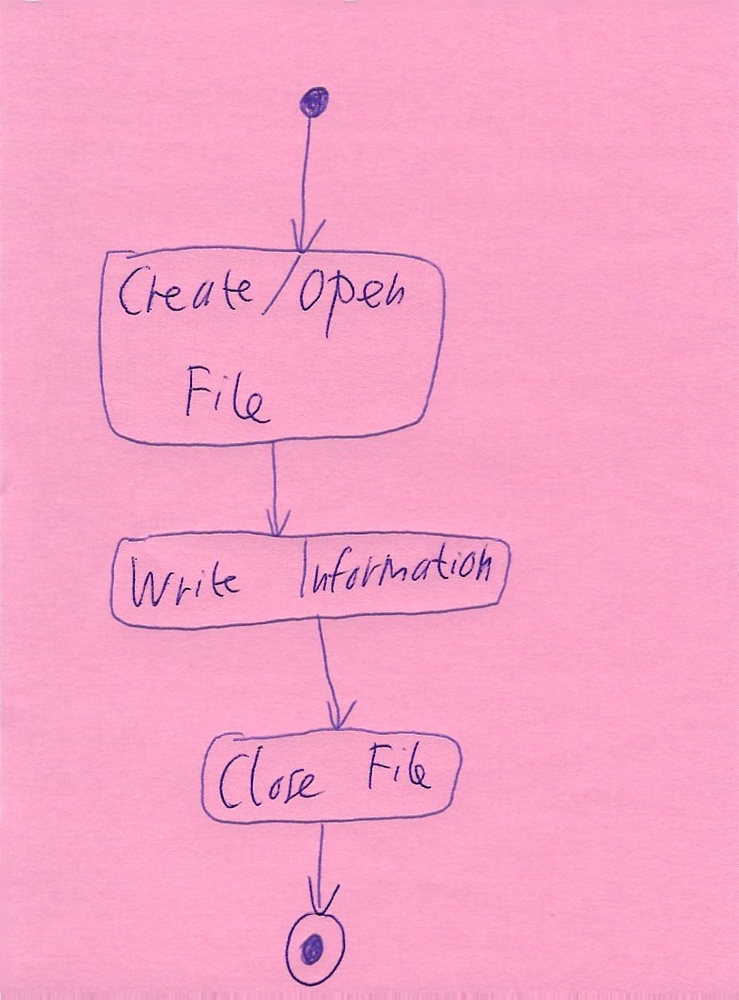
Diagram type: activity_diagram
```plantuml
@startuml

start

:Create/Open File;

:Write Information;

:Close File;

stop

@enduml
```